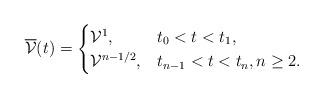
LaTeX: \begin{align*} \overline{\mathcal{V}}(t)= \begin{cases} \mathcal{V}^1, & t_0 < t < t_1, \\ \mathcal{V}^{n-1/2}, & t_{n-1} < t < t_n, n\geq 2. \end{cases} \end{align*}